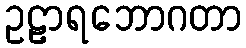
ဥဠာရဘောဂတာ